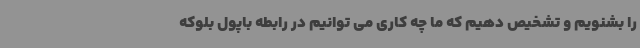
را بشنویم و تشخیص دهیم که ما چه کاری می توانیم در رابطه باپول بلوکه